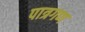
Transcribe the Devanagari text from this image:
पात्रगण